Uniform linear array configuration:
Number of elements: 12
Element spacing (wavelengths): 0.25
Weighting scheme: hann
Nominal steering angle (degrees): -45
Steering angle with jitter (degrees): -44.085
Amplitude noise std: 0.05
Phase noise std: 0.05

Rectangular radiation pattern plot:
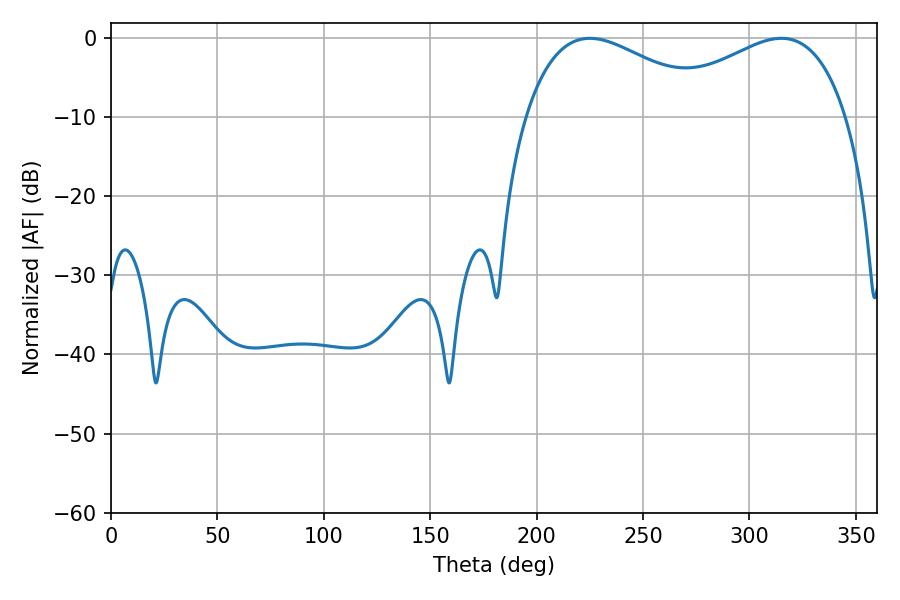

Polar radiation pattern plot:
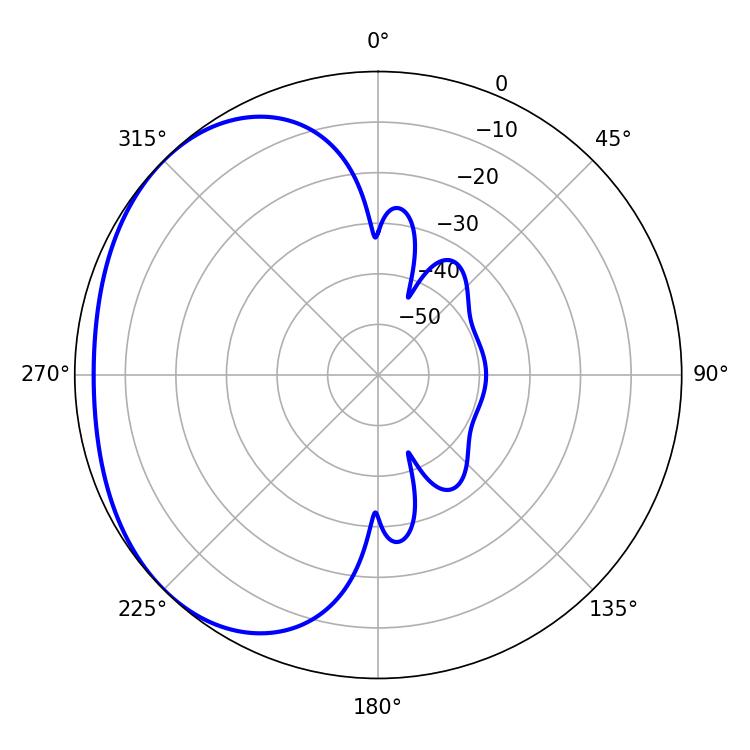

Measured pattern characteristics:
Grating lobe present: FALSE
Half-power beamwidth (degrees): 49.32
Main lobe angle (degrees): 225